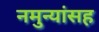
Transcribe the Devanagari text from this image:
नमुन्यांसह